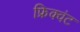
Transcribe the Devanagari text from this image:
फ्रिक्वंट